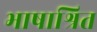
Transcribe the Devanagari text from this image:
भाषाश्रित